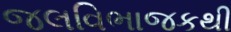
જલવિભાજકથી